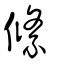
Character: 縧